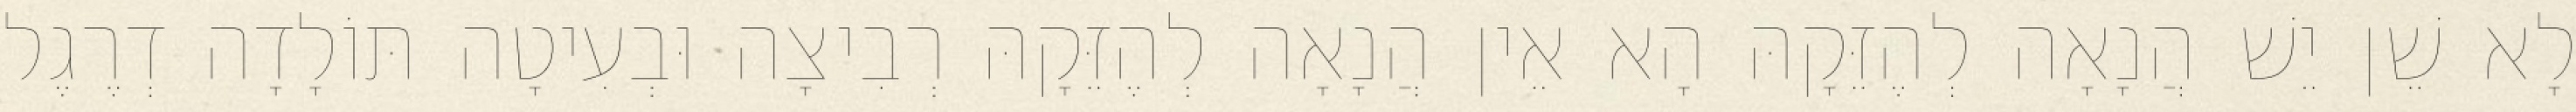
לָא שֵׁן יֵשׁ הֲנָאָה לְהֶזֵּקָהּ הָא אֵין הֲנָאָה לְהֶזֵּקָהּ רְבִיצָה וּבְעִיטָה תּוֹלָדָה דְרֶגֶל